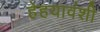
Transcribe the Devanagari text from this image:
हेहयावंशी